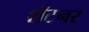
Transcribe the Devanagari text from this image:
शॅटनर